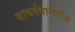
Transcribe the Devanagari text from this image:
यावर्गवारीतील